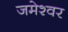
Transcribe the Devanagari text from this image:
जमेश्वर